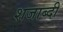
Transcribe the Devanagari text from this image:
शजाब्दी